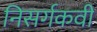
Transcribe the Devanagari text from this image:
निसर्गकवी